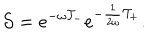
LaTeX: { \cal S } = e ^ { - \omega { \cal T } _ { - } } e ^ { - \frac { 1 } { 2 \omega } { \cal T } _ { + } } .